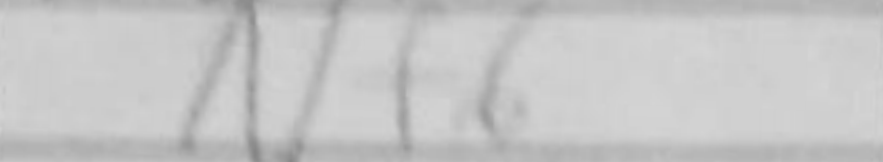
Transcription: Nf6